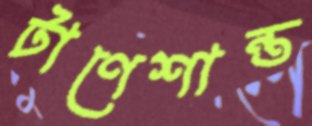
টাণেশান্ত